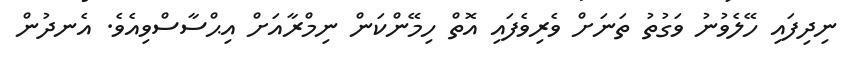
ނިދިފައި ހޭލެވުނު ވަގުތު ތަނަށް ވެރިވެފައި އޮތް ހިމޭންކަން ނިމްރާއަށް އިޙްސާސްވިއެވެ. އެނދުން